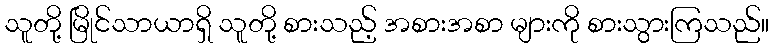
သူတို့ မြိုင်သာယာရှိ သူတို့ စားသည့် အစားအစာ များကို စားသွားကြသည်။